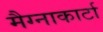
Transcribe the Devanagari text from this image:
मैग्नाकार्टा